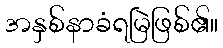
အနှစ်နာခံရမြဲဖြစ်၏။